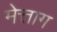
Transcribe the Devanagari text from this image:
मेत्ताग